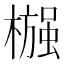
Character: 𬄶